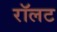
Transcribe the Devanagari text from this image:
रॉलट